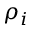
\rho _ { i }